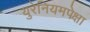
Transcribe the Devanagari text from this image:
युरेनियमपेक्षा